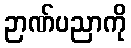
ဉာဏ်ပညာကို